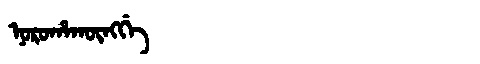
Manchu: ᠨᠣᡵᠣᡥᠠᡴᡡᠩᡤᡝ
Romanization: NOROHAKŪNGGE